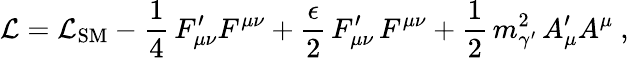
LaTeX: \mathcal{L}=\mathcal{L}_{\mathrm{SM}}-\frac{1}{4}\, F_{\mu\nu}^{\prime}F^{\mu\nu}+\frac{\epsilon}{2}\, F_{\mu\nu}^{\prime}\, F^{\mu\nu}+\frac{1}{2}\, m_{\gamma^{\prime}}^{2}\, A_{\mu}^{\prime}A^{\mu}~,